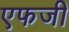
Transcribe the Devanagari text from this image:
एफजी